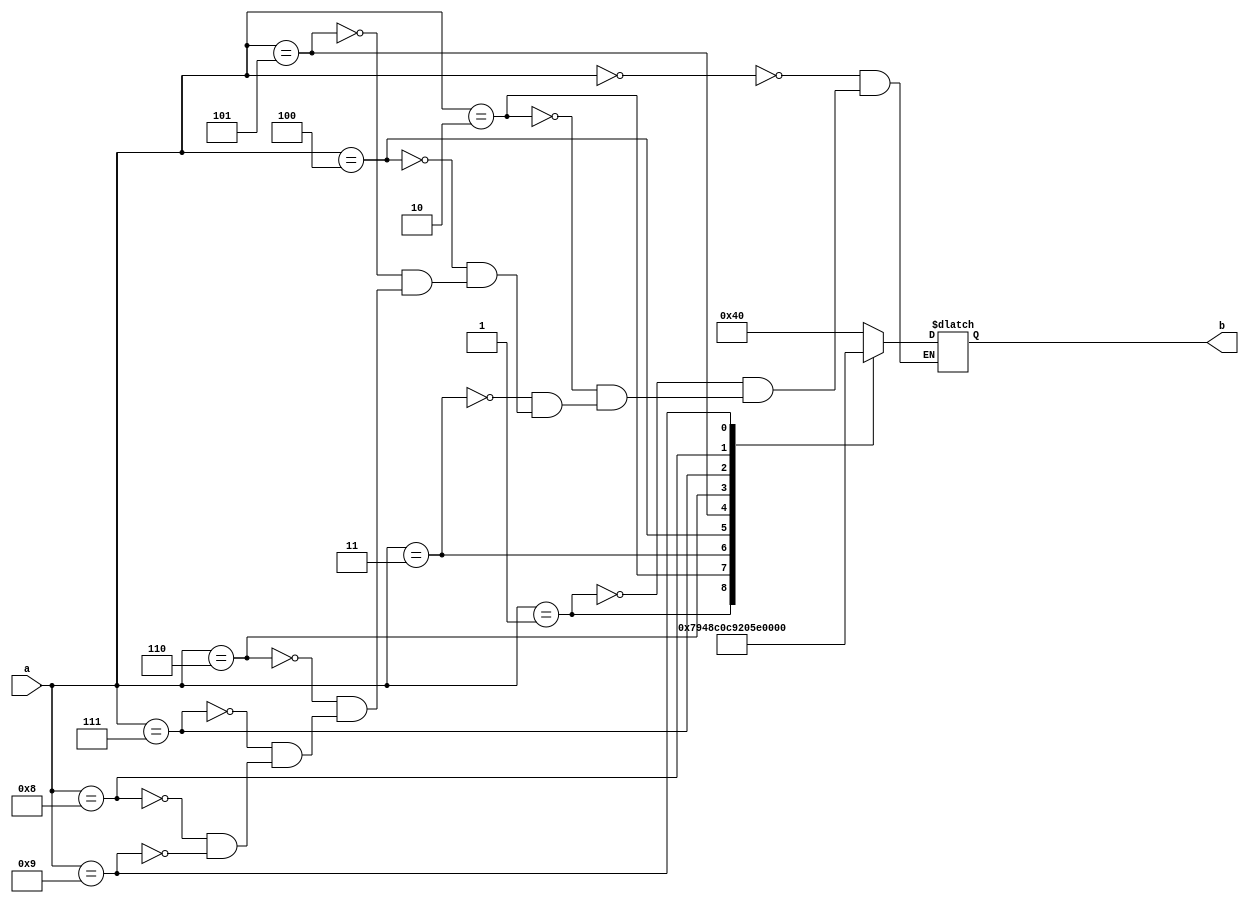
`timescale 1ns / 1ps
//////////////////////////////////////////////////////////////////////////////////
// Company: 
// Engineer: 
// 
// Design Name: 
// Module Name: bcd_sevent_segment
// Project Name: 
// Target Devices: 
// Tool Versions: 
// Description: 
// 
// Dependencies: 
// 
// Revision:
// Revision 0.01 - File Created
// Additional Comments:
// 
//////////////////////////////////////////////////////////////////////////////////

module bcd_seven_seg #(parameter n=3)(a, b);

input [n:0] a;
output reg[6:0] b;

always@(a) begin
    case(a)
        4'b0000: b= 7'b1000000;
        4'b0001: b= 7'b1111001;
        4'b0010: b= 7'b0100100;
        4'b0011: b= 7'b0110000;
        4'b0100: b= 7'b0011001;
        4'b0101: b= 7'b0010010;
        4'b0110: b= 7'b0000010;
        4'b0111: b= 7'b1111000;
        4'b1000: b= 7'b0000000;
        4'b1001: b= 7'b0010000;
    endcase
  end
endmodule